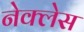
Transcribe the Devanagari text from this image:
नेक्लेस